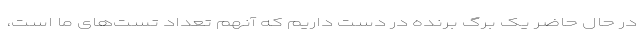
در حال حاضر یک برگ برنده در دست داریم که آنهم تعداد تست‌های ما است،